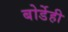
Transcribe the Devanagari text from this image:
बोर्डेही